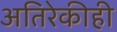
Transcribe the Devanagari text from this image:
अतिरेकीही